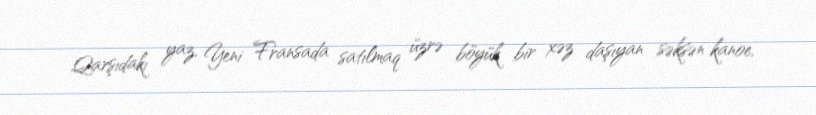
Qarşıdakı yaz, Yeni Fransada satılmaq üzrə böyük bir xəz daşıyan səksən kanoe,